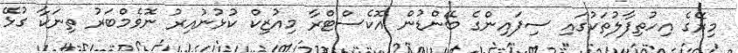
މިރޭގެ އިހުތިފާލުތަކުގައި ސިފައިންގެ ބޭންޑުން އޮކެސްޓްރާ މިއުޒިކް ކުޅުނުއިރު ނޮވެމްބަރު ތިނަކާ ގުޅޭ